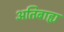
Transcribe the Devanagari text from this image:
अतिबाह्य